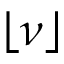
\lfloor \nu \rfloor